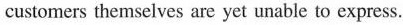
customers themselves are yet unable to express.